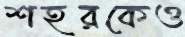
শহরকেও